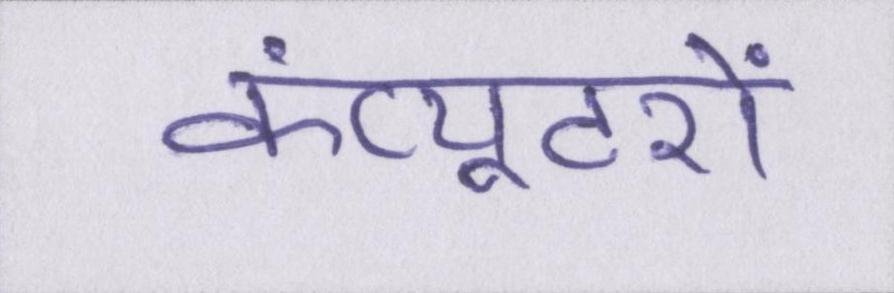
कंप्यूटरों